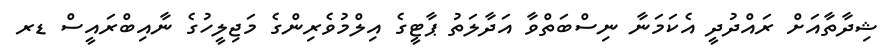
ޝިދާތާއަށް ރައްދުދީ އެކަމަނާ ނިސްބަތްވާ އަދާލަތު ޕާޓީގެ އިލްމުވެރިންގެ މަޖިލީހުގެ ނާއިބްރައީސް ޑރ